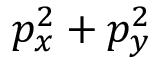
p _ { x } ^ { 2 } + p _ { y } ^ { 2 }